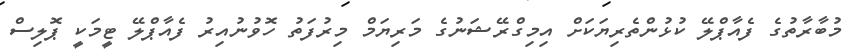
މުބާރާތުގެ ފެއާޕްލޭ ކުޅުންތެރިޔަކަށް އިމިގްރޭޝަނުގެ މަރިޔަމް މިރުފަތު ހޮވުނުއިރު ފެއާޕްލޭ ޓީމަކީ ޕޮލިސް